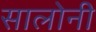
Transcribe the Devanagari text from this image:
सालोनी